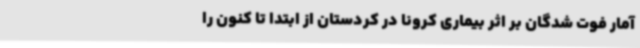
آمار فوت شدگان بر اثر بیماری کرونا در کردستان از ابتدا تا کنون را